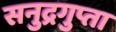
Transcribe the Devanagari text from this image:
सनुद्रगुप्ता